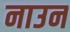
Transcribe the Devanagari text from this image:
नाउन